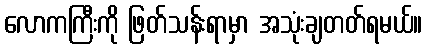
လောကကြီးကို ဖြတ်သန်းရာမှာ အသုံးချတတ်ရမယ်။